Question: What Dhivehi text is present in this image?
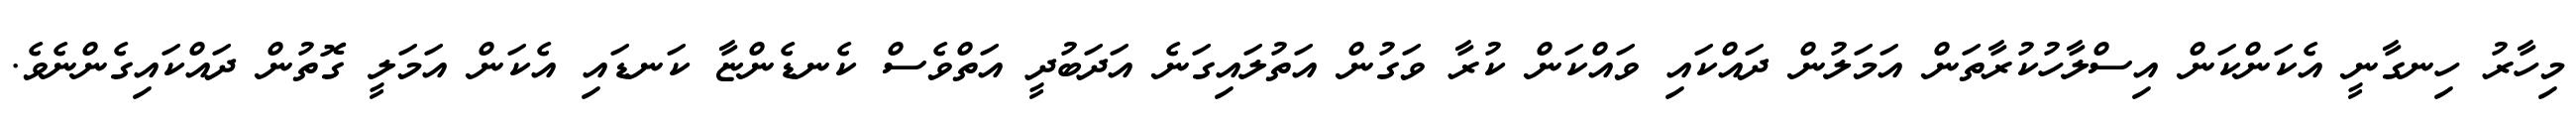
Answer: މިހާރު ހިނގާނީ އެކަންކަން އިސްލާހުކުރާތަން އަމަލުން ދައްކައި ވައްކަން ކުރާ ވަގުން އަތުލައިގަނެ އަދަބުދީ އަތްވެސް ކެނޑެންޏާ ކަނޑައި އެކަން އަމަލީ ގޮތުން ދައްކައިގެންނެވެ.